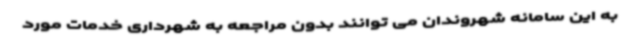
به این سامانه شهروندان می توانند بدون مراجعه به شهرداری خدمات مورد